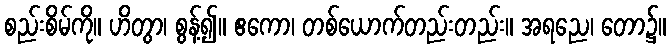
စည်းစိမ်ကို။ ဟိတွာ၊ စွန့်၍။ ဧကော၊ တစ်ယောက်တည်းတည်း။ အရညေ၊ တော၌။